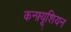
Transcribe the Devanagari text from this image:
कन्फ़्यूशियन